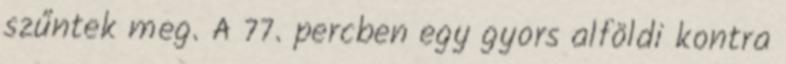
szűntek meg. A 77. percben egy gyors alföldi kontra